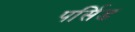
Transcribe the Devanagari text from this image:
पर्सिड